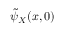
\tilde { \psi } _ { X } ( x , 0 )